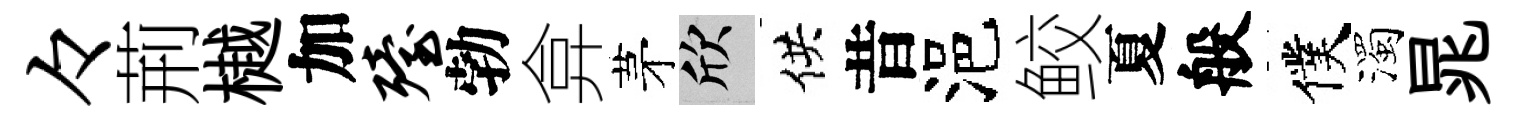
々荊樾加殪勃弇茅欣供昔浥鲛夏般僕濁晁